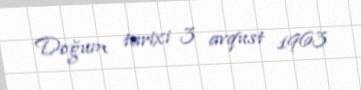
Doğum tarixi 3 avqust 1963